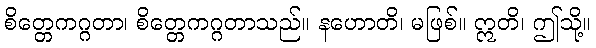
စိတ္တေကဂ္ဂတာ၊ စိတ္တေကဂ္ဂတာသည်။ နဟောတိ၊ မဖြစ်။ ဣတိ၊ ဤသို့။